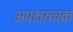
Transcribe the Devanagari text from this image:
अपक्षयचक्र